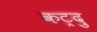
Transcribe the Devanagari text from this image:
कट्रदु